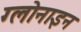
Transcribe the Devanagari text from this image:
ग्लोनाइन